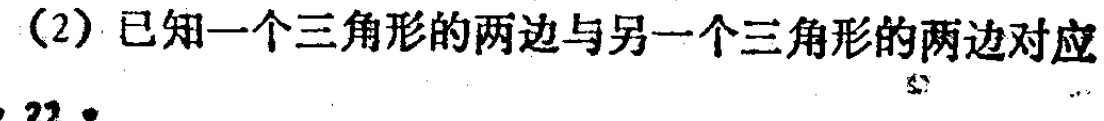
（2）已知一个三角形的两边与另一个三角形的两边对应